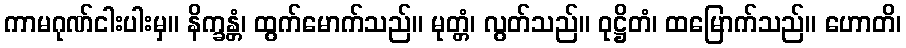
ကာမဂုဏ်ငါးပါးမှ။ နိက္ခန္တံ၊ ထွက်မောက်သည်။ မုတ္တံ၊ လွတ်သည်။ ဝုဋ္ဌိတံ၊ ထမြောက်သည်။ ဟောတိ၊